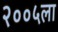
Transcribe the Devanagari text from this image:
२००५ला